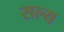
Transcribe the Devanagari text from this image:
सल्य